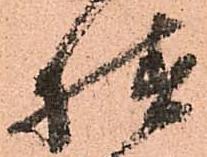
様